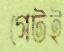
গেটই